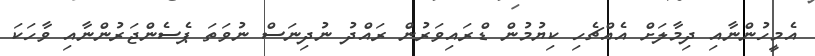
އެމީހުންނާއި ދިމާލަށް އެއްޗެހި ކިޔުމުން ޑްރައިވަރުން ރައްދު ނުދިނަސް ނުވަތަ ޕެސެންޖަރުންނާއި ވާހަކަ